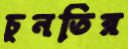
চুনতির